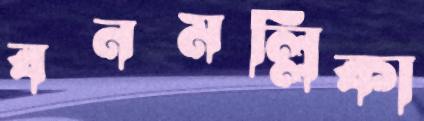
বনমল্লিকা